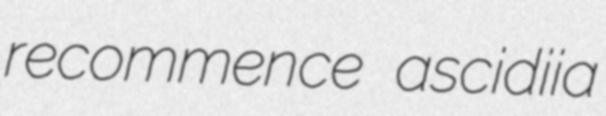
recommence ascidiia